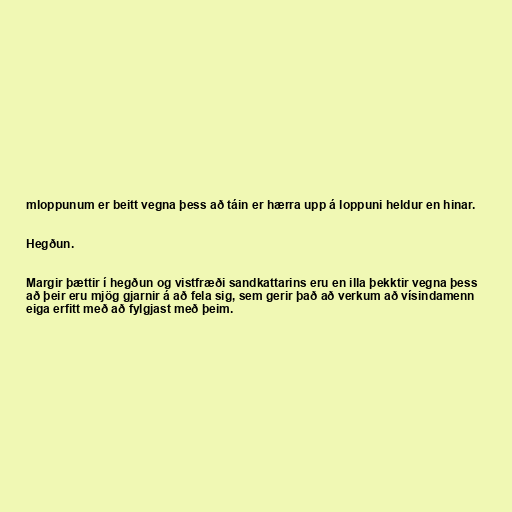
mloppunum er beitt vegna þess að táin er hærra upp á loppuni heldur en hinar.

Hegðun.

Margir þættir í hegðun og vistfræði sandkattarins eru en illa þekktir vegna þess
að þeir eru mjög gjarnir á að fela sig, sem gerir það að verkum að vísindamenn
eiga erfitt með að fylgjast með þeim.